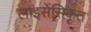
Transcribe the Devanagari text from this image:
लाइसेंसिकृत